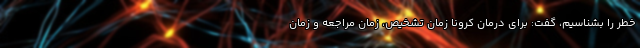
خطر را بشناسیم، گفت: برای درمان کرونا زمان تشخیص، زمان مراجعه و زمان